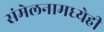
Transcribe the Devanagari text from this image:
संमेलनामध्येही